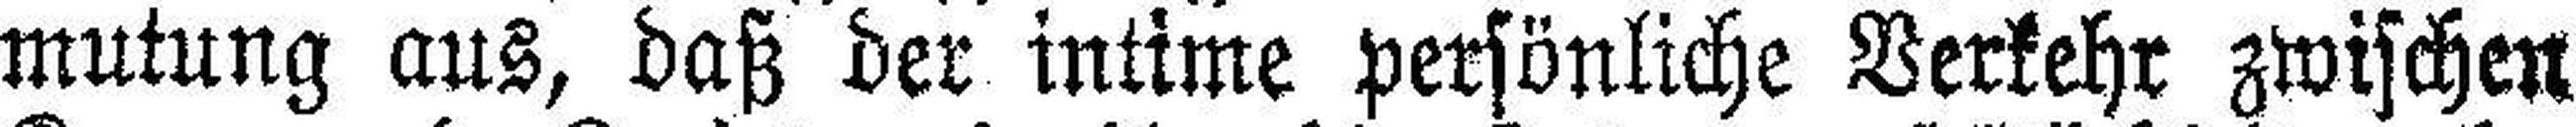
mutung aus, daß der intime persönliche Verkehr zwischen